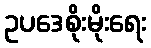
ဥပဒေစိုးမိုးရေး